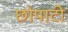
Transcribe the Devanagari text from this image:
छोपाटी